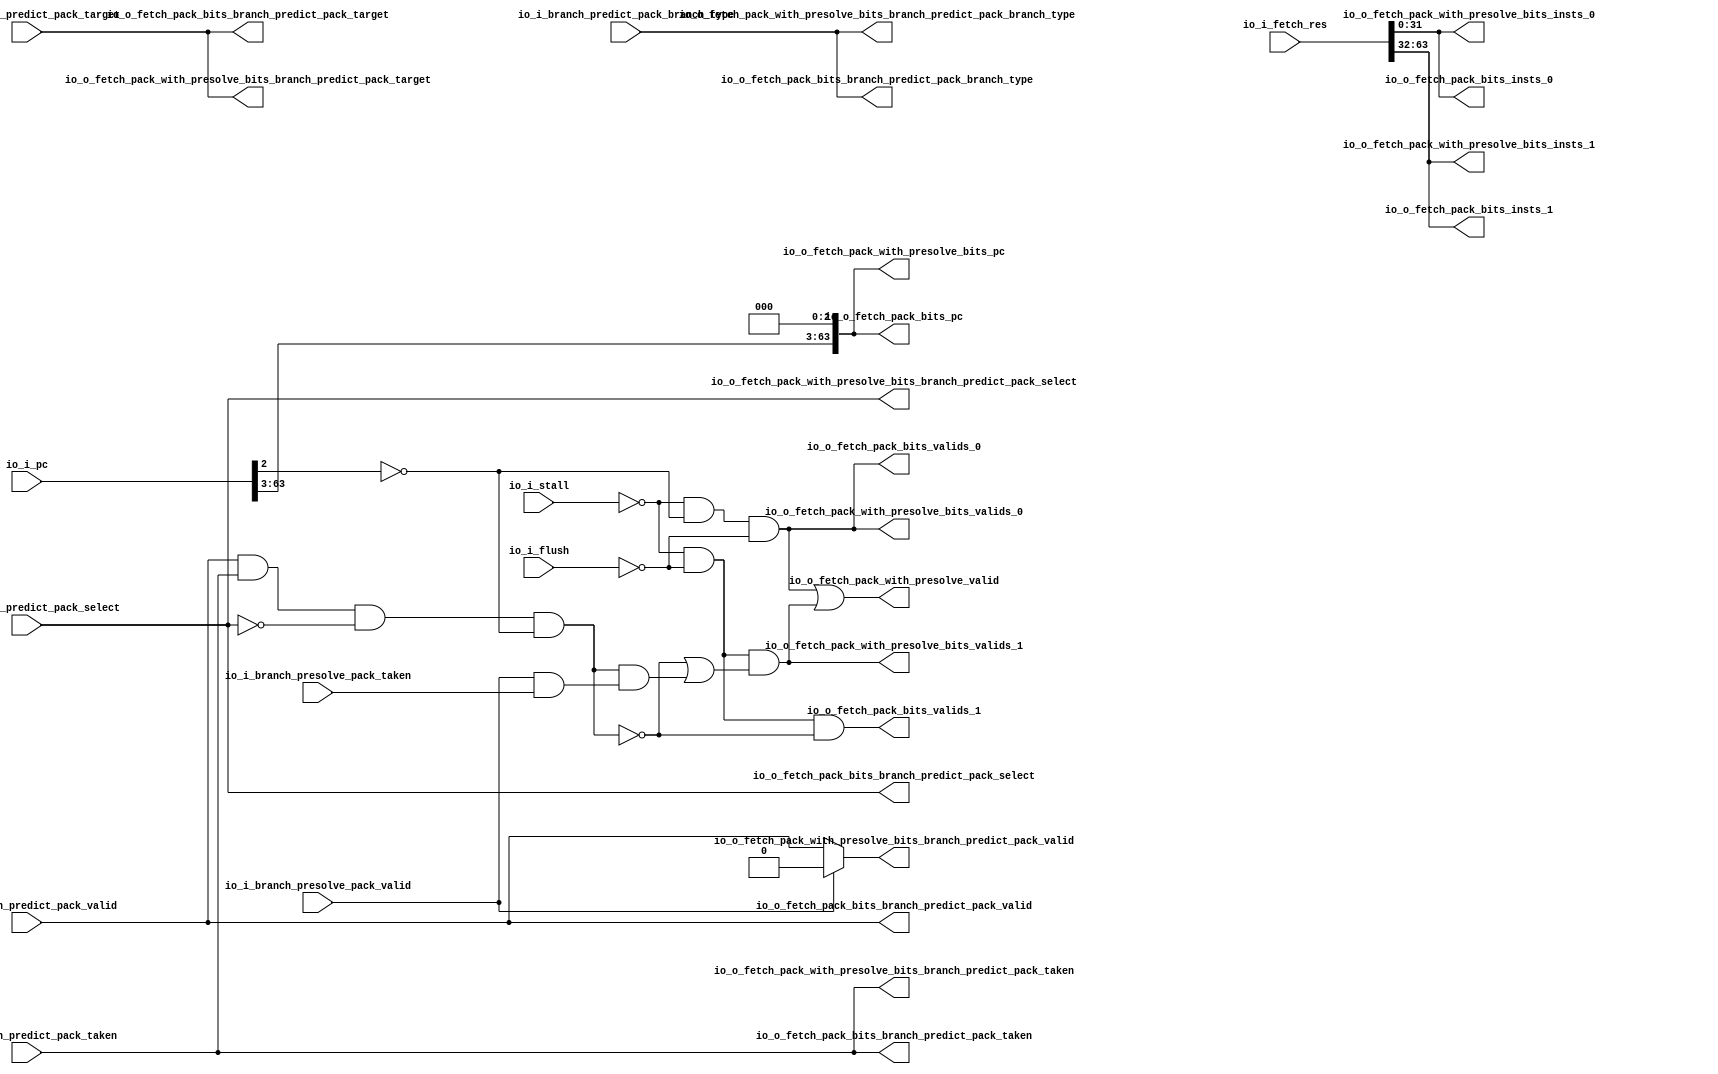
module Fetch_Res(
  input  [63:0] io_i_pc,
  input         io_i_flush,
  input         io_i_stall,
  input  [63:0] io_i_fetch_res,
  input         io_i_branch_predict_pack_valid,
  input  [63:0] io_i_branch_predict_pack_target,
  input  [3:0]  io_i_branch_predict_pack_branch_type,
  input         io_i_branch_predict_pack_select,
  input         io_i_branch_predict_pack_taken,
  input         io_i_branch_presolve_pack_valid,
  input         io_i_branch_presolve_pack_taken,
  output        io_o_fetch_pack_bits_valids_0,
  output        io_o_fetch_pack_bits_valids_1,
  output [63:0] io_o_fetch_pack_bits_pc,
  output [31:0] io_o_fetch_pack_bits_insts_0,
  output [31:0] io_o_fetch_pack_bits_insts_1,
  output        io_o_fetch_pack_bits_branch_predict_pack_valid,
  output [63:0] io_o_fetch_pack_bits_branch_predict_pack_target,
  output [3:0]  io_o_fetch_pack_bits_branch_predict_pack_branch_type,
  output        io_o_fetch_pack_bits_branch_predict_pack_select,
  output        io_o_fetch_pack_bits_branch_predict_pack_taken,
  output        io_o_fetch_pack_with_presolve_valid,
  output        io_o_fetch_pack_with_presolve_bits_valids_0,
  output        io_o_fetch_pack_with_presolve_bits_valids_1,
  output [63:0] io_o_fetch_pack_with_presolve_bits_pc,
  output [31:0] io_o_fetch_pack_with_presolve_bits_insts_0,
  output [31:0] io_o_fetch_pack_with_presolve_bits_insts_1,
  output        io_o_fetch_pack_with_presolve_bits_branch_predict_pack_valid,
  output [63:0] io_o_fetch_pack_with_presolve_bits_branch_predict_pack_target,
  output [3:0]  io_o_fetch_pack_with_presolve_bits_branch_predict_pack_branch_type,
  output        io_o_fetch_pack_with_presolve_bits_branch_predict_pack_select,
  output        io_o_fetch_pack_with_presolve_bits_branch_predict_pack_taken
);
  wire  _io_o_fetch_pack_bits_valids_0_T = ~io_i_stall; // @[fetchres.scala 36:39]
  wire  _io_o_fetch_pack_bits_valids_0_T_2 = ~io_i_pc[2]; // @[fetchres.scala 36:54]
  wire  _io_o_fetch_pack_bits_valids_0_T_4 = ~io_i_flush; // @[fetchres.scala 36:69]
  wire  _io_o_fetch_pack_bits_valids_1_T_2 = _io_o_fetch_pack_bits_valids_0_T & _io_o_fetch_pack_bits_valids_0_T_4; // @[fetchres.scala 37:51]
  wire  _io_o_fetch_pack_bits_valids_1_T_8 = io_i_branch_predict_pack_valid & io_i_branch_predict_pack_taken & ~
    io_i_branch_predict_pack_select & _io_o_fetch_pack_bits_valids_0_T_2; // @[fetchres.scala 38:119]
  wire  _io_o_fetch_pack_bits_valids_1_T_9 = ~(io_i_branch_predict_pack_valid & io_i_branch_predict_pack_taken & ~
    io_i_branch_predict_pack_select & _io_o_fetch_pack_bits_valids_0_T_2); // @[fetchres.scala 38:9]
  wire  _io_o_fetch_pack_with_presolve_bits_valids_1_T_16 = io_i_branch_presolve_pack_valid &
    io_i_branch_presolve_pack_taken; // @[fetchres.scala 50:44]
  wire  _io_o_fetch_pack_with_presolve_bits_valids_1_T_17 = _io_o_fetch_pack_bits_valids_1_T_8 &
    _io_o_fetch_pack_with_presolve_bits_valids_1_T_16; // @[fetchres.scala 49:142]
  wire  _io_o_fetch_pack_with_presolve_bits_valids_1_T_18 = _io_o_fetch_pack_bits_valids_1_T_9 |
    _io_o_fetch_pack_with_presolve_bits_valids_1_T_17; // @[fetchres.scala 48:142]
  assign io_o_fetch_pack_bits_valids_0 = ~io_i_stall & ~io_i_pc[2] & ~io_i_flush; // @[fetchres.scala 36:66]
  assign io_o_fetch_pack_bits_valids_1 = _io_o_fetch_pack_bits_valids_0_T & _io_o_fetch_pack_bits_valids_0_T_4 &
    _io_o_fetch_pack_bits_valids_1_T_9; // @[fetchres.scala 37:66]
  assign io_o_fetch_pack_bits_pc = {io_i_pc[63:3],3'h0}; // @[Cat.scala 33:92]
  assign io_o_fetch_pack_bits_insts_0 = io_i_fetch_res[31:0]; // @[fetchres.scala 40:52]
  assign io_o_fetch_pack_bits_insts_1 = io_i_fetch_res[63:32]; // @[fetchres.scala 41:52]
  assign io_o_fetch_pack_bits_branch_predict_pack_valid = io_i_branch_predict_pack_valid; // @[fetchres.scala 42:46]
  assign io_o_fetch_pack_bits_branch_predict_pack_target = io_i_branch_predict_pack_target; // @[fetchres.scala 42:46]
  assign io_o_fetch_pack_bits_branch_predict_pack_branch_type = io_i_branch_predict_pack_branch_type; // @[fetchres.scala 42:46]
  assign io_o_fetch_pack_bits_branch_predict_pack_select = io_i_branch_predict_pack_select; // @[fetchres.scala 42:46]
  assign io_o_fetch_pack_bits_branch_predict_pack_taken = io_i_branch_predict_pack_taken; // @[fetchres.scala 42:46]
  assign io_o_fetch_pack_with_presolve_valid = io_o_fetch_pack_with_presolve_bits_valids_0 |
    io_o_fetch_pack_with_presolve_bits_valids_1; // @[fetchres.scala 45:90]
  assign io_o_fetch_pack_with_presolve_bits_valids_0 = io_o_fetch_pack_bits_valids_0; // @[fetchres.scala 46:50]
  assign io_o_fetch_pack_with_presolve_bits_valids_1 = _io_o_fetch_pack_bits_valids_1_T_2 &
    _io_o_fetch_pack_with_presolve_bits_valids_1_T_18; // @[fetchres.scala 47:80]
  assign io_o_fetch_pack_with_presolve_bits_pc = io_o_fetch_pack_bits_pc; // @[fetchres.scala 44:44]
  assign io_o_fetch_pack_with_presolve_bits_insts_0 = io_o_fetch_pack_bits_insts_0; // @[fetchres.scala 44:44]
  assign io_o_fetch_pack_with_presolve_bits_insts_1 = io_o_fetch_pack_bits_insts_1; // @[fetchres.scala 44:44]
  assign io_o_fetch_pack_with_presolve_bits_branch_predict_pack_valid = io_i_branch_presolve_pack_valid ? 1'h0 :
    io_o_fetch_pack_bits_branch_predict_pack_valid; // @[fetchres.scala 53:42 44:44 54:68]
  assign io_o_fetch_pack_with_presolve_bits_branch_predict_pack_target = io_o_fetch_pack_bits_branch_predict_pack_target
    ; // @[fetchres.scala 44:44]
  assign io_o_fetch_pack_with_presolve_bits_branch_predict_pack_branch_type =
    io_o_fetch_pack_bits_branch_predict_pack_branch_type; // @[fetchres.scala 44:44]
  assign io_o_fetch_pack_with_presolve_bits_branch_predict_pack_select = io_o_fetch_pack_bits_branch_predict_pack_select
    ; // @[fetchres.scala 44:44]
  assign io_o_fetch_pack_with_presolve_bits_branch_predict_pack_taken = io_o_fetch_pack_bits_branch_predict_pack_taken; // @[fetchres.scala 44:44]
endmodule